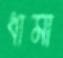
ধামা